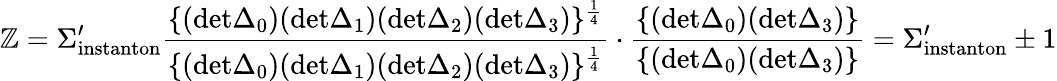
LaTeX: \mathbb{Z}=\Sigma_{\mathrm{{instanton}}}^{\prime}{\frac{{\{ (\mathrm{{det}}\Delta_{0})(\mathrm{{det}}\Delta_{1})(\mathrm{{det}}\Delta_{2})(\mathrm{{det}}\Delta_{3})\} ^{\frac{{1}}{{4}}}}}{{\{ (\mathrm{{det}}\Delta_{0})(\mathrm{{det}}\Delta_{1})(\mathrm{{det}}\Delta_{2})(\mathrm{{det}}\Delta_{3})\} ^{\frac{{1}}{{4}}}}}}\cdot{\frac{{\{ (\mathrm{{det}}\Delta_{0})(\mathrm{{det}}\Delta_{3})\} }}{{\{ (\mathrm{{det}}\Delta_{0})(\mathrm{{det}}\Delta_{3})\} }}}=\Sigma_{\mathrm{{instanton}}}^{\prime}\pm1